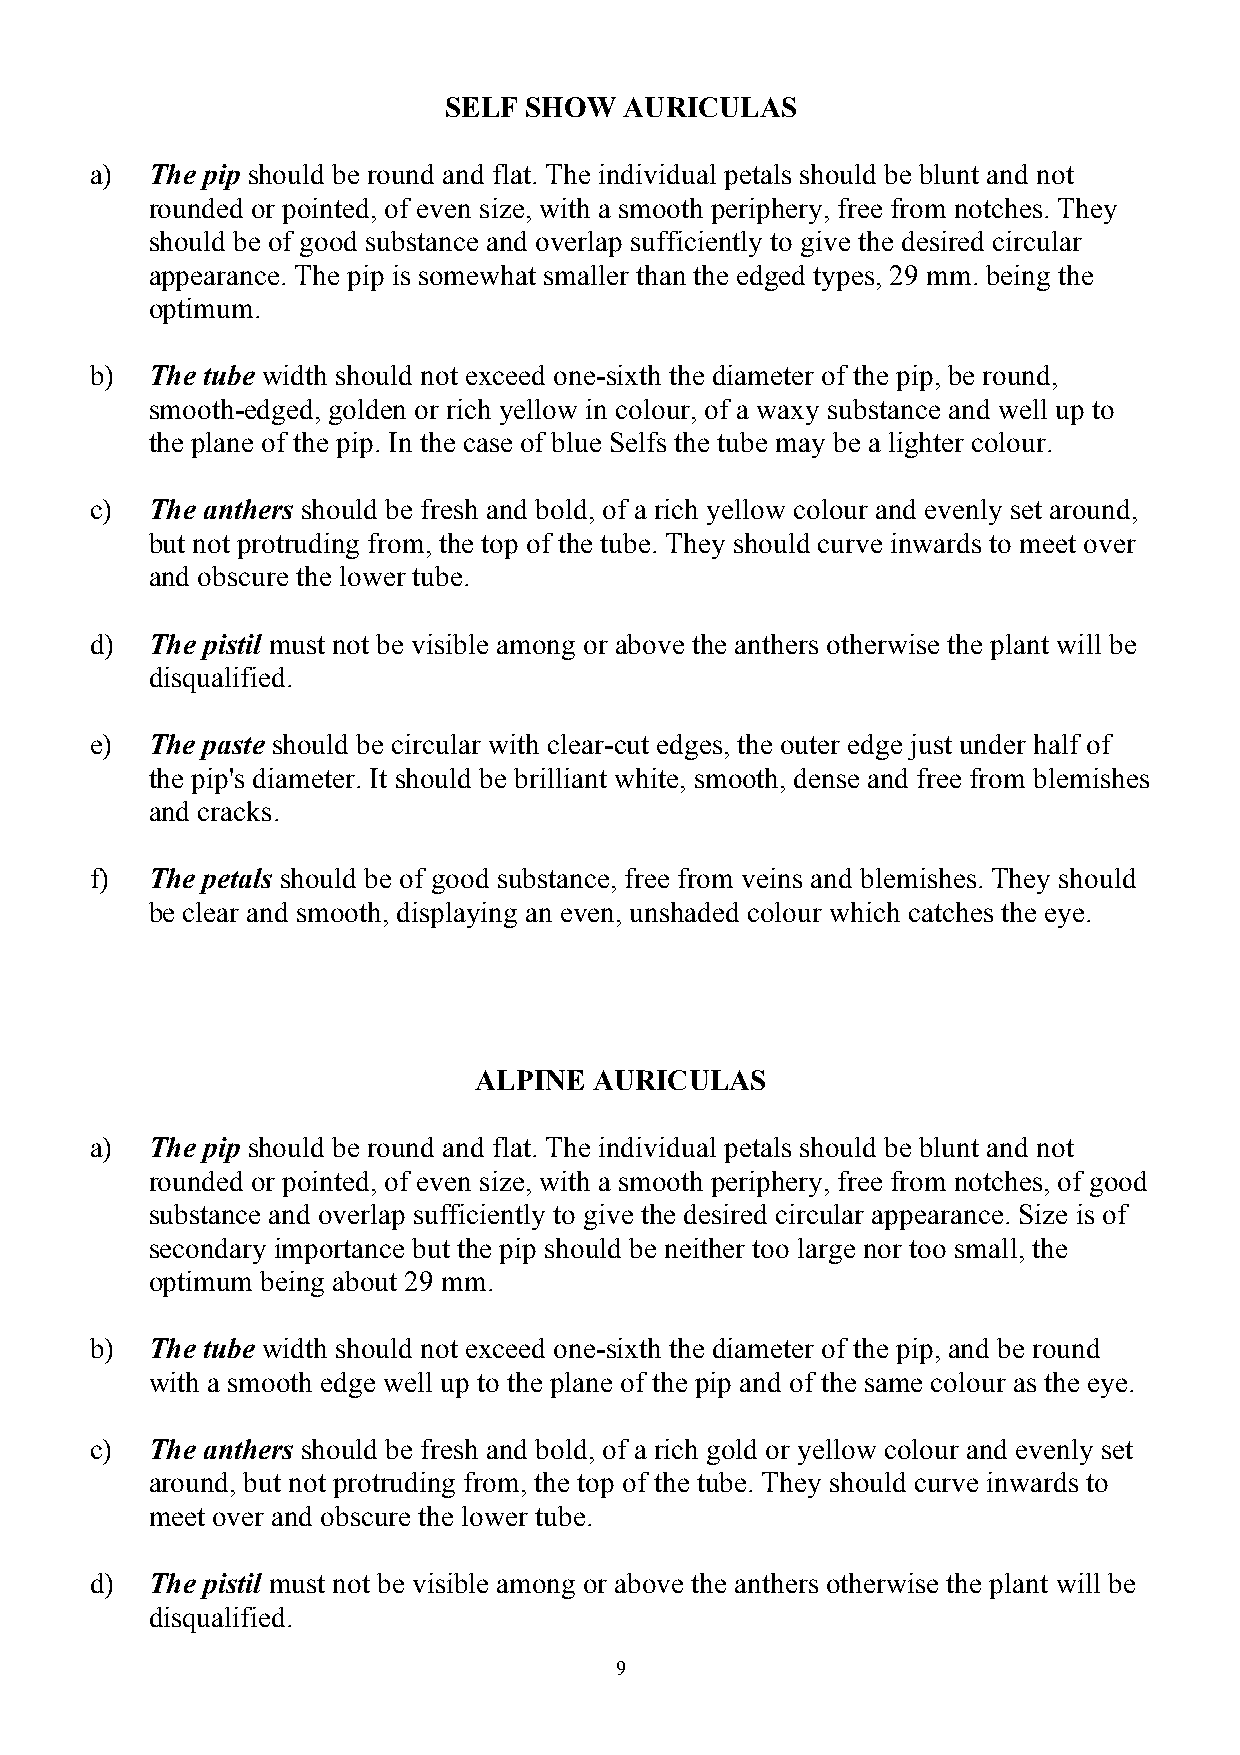
SELF  SHOW  AURICULAS
 a)  The pip should be round and flat. The individual petals should be blunt and not
 rounded or pointed, of even size, with a smooth periphery, free from notches. They
 should be of good substance and overlap sufficiently to give the desired circular
 appearance. The pip is somewhat smaller than the edged types, 29 mm. being the
 optimum.
 b)  The tube width should not exceed one-sixth the diameter of the pip, be round,
 smooth-edged, golden or rich yellow in colour, of a waxy substance and well up to
 the plane of the pip. In the case of blue Selfs the tube may be a lighter colour.
 c)  The anthers should be fresh and bold, of a rich yellow colour and evenly set around,
 but not protruding from, the top of the tube. They should curve inwards to meet over
 and obscure the lower tube.
 d)  The pistil must not be visible among or above the anthers otherwise the plant will be
 disqualified.
 e)  The paste should be circular with clear-cut edges, the outer edge just under half of
 the pip's diameter. It should be brilliant white, smooth, dense and free from blemishes
 and cracks.
 f)  The petals should be of good substance, free from veins and blemishes. They should
 be clear and smooth, displaying an even, unshaded colour which catches the eye.
 ALPINE  AURICULAS
 a)  The pip should be round and flat. The individual petals should be blunt and not
 rounded or pointed, of even size, with a smooth periphery, free from notches, of good
 substance and overlap sufficiently to give the desired circular appearance. Size is of
 secondary importance but the pip should be neither too large nor too small, the
 optimum being about 29 mm.
 b)  The tube width should not exceed one-sixth the diameter of the pip, and be round
 with a smooth edge well up to the plane of the pip and of the same colour as the eye.
 c)  The anthers should be fresh and bold, of a rich gold or yellow colour and evenly set
 around, but not protruding from, the top of the tube. They should curve inwards to
 meet over and obscure the lower tube.
 d)  The pistil must not be visible among or above the anthers otherwise the plant will be
 disqualified.
 9